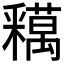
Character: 𨤞